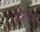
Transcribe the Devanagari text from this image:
ज़्देन्येक